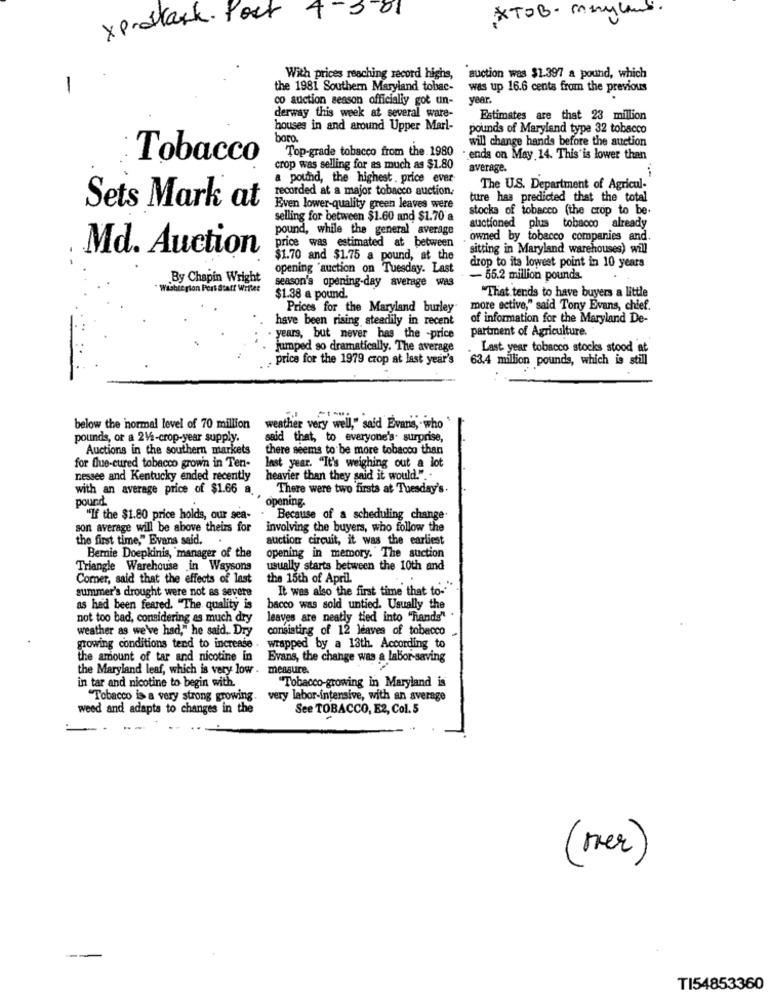
XTOB- maryland
xprodark. Port
4-3-01
With prices reaching record highs, auction was $1.397 a pound, which
-
the 1981 Southern Maryland tobac-
was up 16.6 cents from the previous
co auction season officially got un-
year.
derway this week at several ware-
Estimates are that 23 million
houses in and around Upper Marl-
pounds of Maryland type 32 tobacco
boro.
Top-grade tobacco from the 1980
will change hands before the auction
Tobacco
ends on May 14. This is lower than
crop was selling for as much as $1.80
average.
a pound, the highest . price ever
recorded at a major tobacco auction,
The U.S. Department of Agricul-
ture has predicted that the total
Sets Mark at
Even lower-quality green leaves were
stocks of tobacco (the crop to be.
selling for between $1.60 and $1.70 a
pound, while the general average
auctioned plus tobacco already
owned by tobacco companies and.
Md. Auction
price was estimated at between
sitting in Maryland warehouses) will
$1.70 and $1.75 a pound, at the
drop to its lowest point in 10 years
opening 'auction on Tuesday. Last
By Chapin Wright
- 55.2 million pounds.
Washte rion Port Statt Writer
season's opening-day average was
$1.38 a pound.
That tends to have buyers a little
Prices for the Maryland burley
more active," said Tony Evans, chief.
have been rising steadily in recent
of information for the Maryland De-
partment of Agriculture.
years, but never has the -price
jumped so dramatically. The average
Last year tobacco stocks stood at
price for the 1979 crop at last year's
63.4 million pounds, which is still
below the normal level of 70 million
weather very well," said Evans, who
pounds, or a 24/2-crop-year supply.
said that, to everyone's. surprise,
Auctions in the southern markets
there seems to be more tobacco than
for flue-cured tobacco grown in Ten-
last year. "It's weighing out a lot
nessee and Kentucky ended recently
heavier than they said it would." ..
with an average price of $1.66 a.
There were two firsts at Tuesday's.
pound
opening-
"If the $1.80 price holds, our sea-
Because of a scheduling change
son average will be above theirs for
involving the buyers, who follow the
the first time," Evans said. .
auction circuit, it was the earliest
Bernie Doepkinis, manager of the
opening in memory. The auction
Triangle Warehouse in Waysons
usually starts between the 10th and
Comer, said that the effects of last
the 15th of April.
summer's drought were not as severe
It was also the first time that to-
as had been feared. "The quality is
bacco was sold untied. Usually the
not too bad, considering as much dry
leaves are neatly tied into "hands"
weather as we've had," he said. Dry
consisting of 12 leaves of tobacco
growing conditions tend to increase . wrapped by a 13th. According to
the amount of tar and nicotine in Evans, the change was a labor saving
the Maryland leaf, which is very low . mensure.
in tar and nicotine to begin with.
"Tobacco-growing in Maryland is
"Tobacco is a very strong growing. very labor-intensive, with an average
weed and adapts to changes in the
See TOBACCO, E2, Col. 5
(mer)
TI54853360